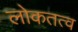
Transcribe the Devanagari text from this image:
लोकतत्‍व